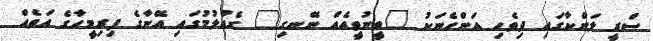
ސްރީ ލަންކާގައި ދިވެހި އަންހެނަކު "ވީނުވީއެއް ނޭނގި" ގެއްލުމުގައި އޭނާގެ ފިރިމީހާގެ އަތެއް